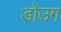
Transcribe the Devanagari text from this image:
डोउग